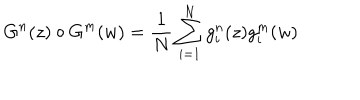
G ^ { n } ( z ) \circ G ^ { m } ( w ) = { \frac { 1 } { N } } \sum _ { i = 1 } ^ { N } g _ { i } ^ { n } ( z ) g _ { i } ^ { m } ( w )